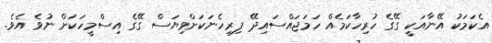
އެކަމަކު އޭނާއަކީ ގޭގެ ހުރިހާކަމެއް ހަމަޖައްސައިދޭ ފިރިހެނަކަށްވިޔަސް ގޭގެ އިސްމީހަކަށް ނުވެ އެވެ.